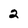
Character: 2